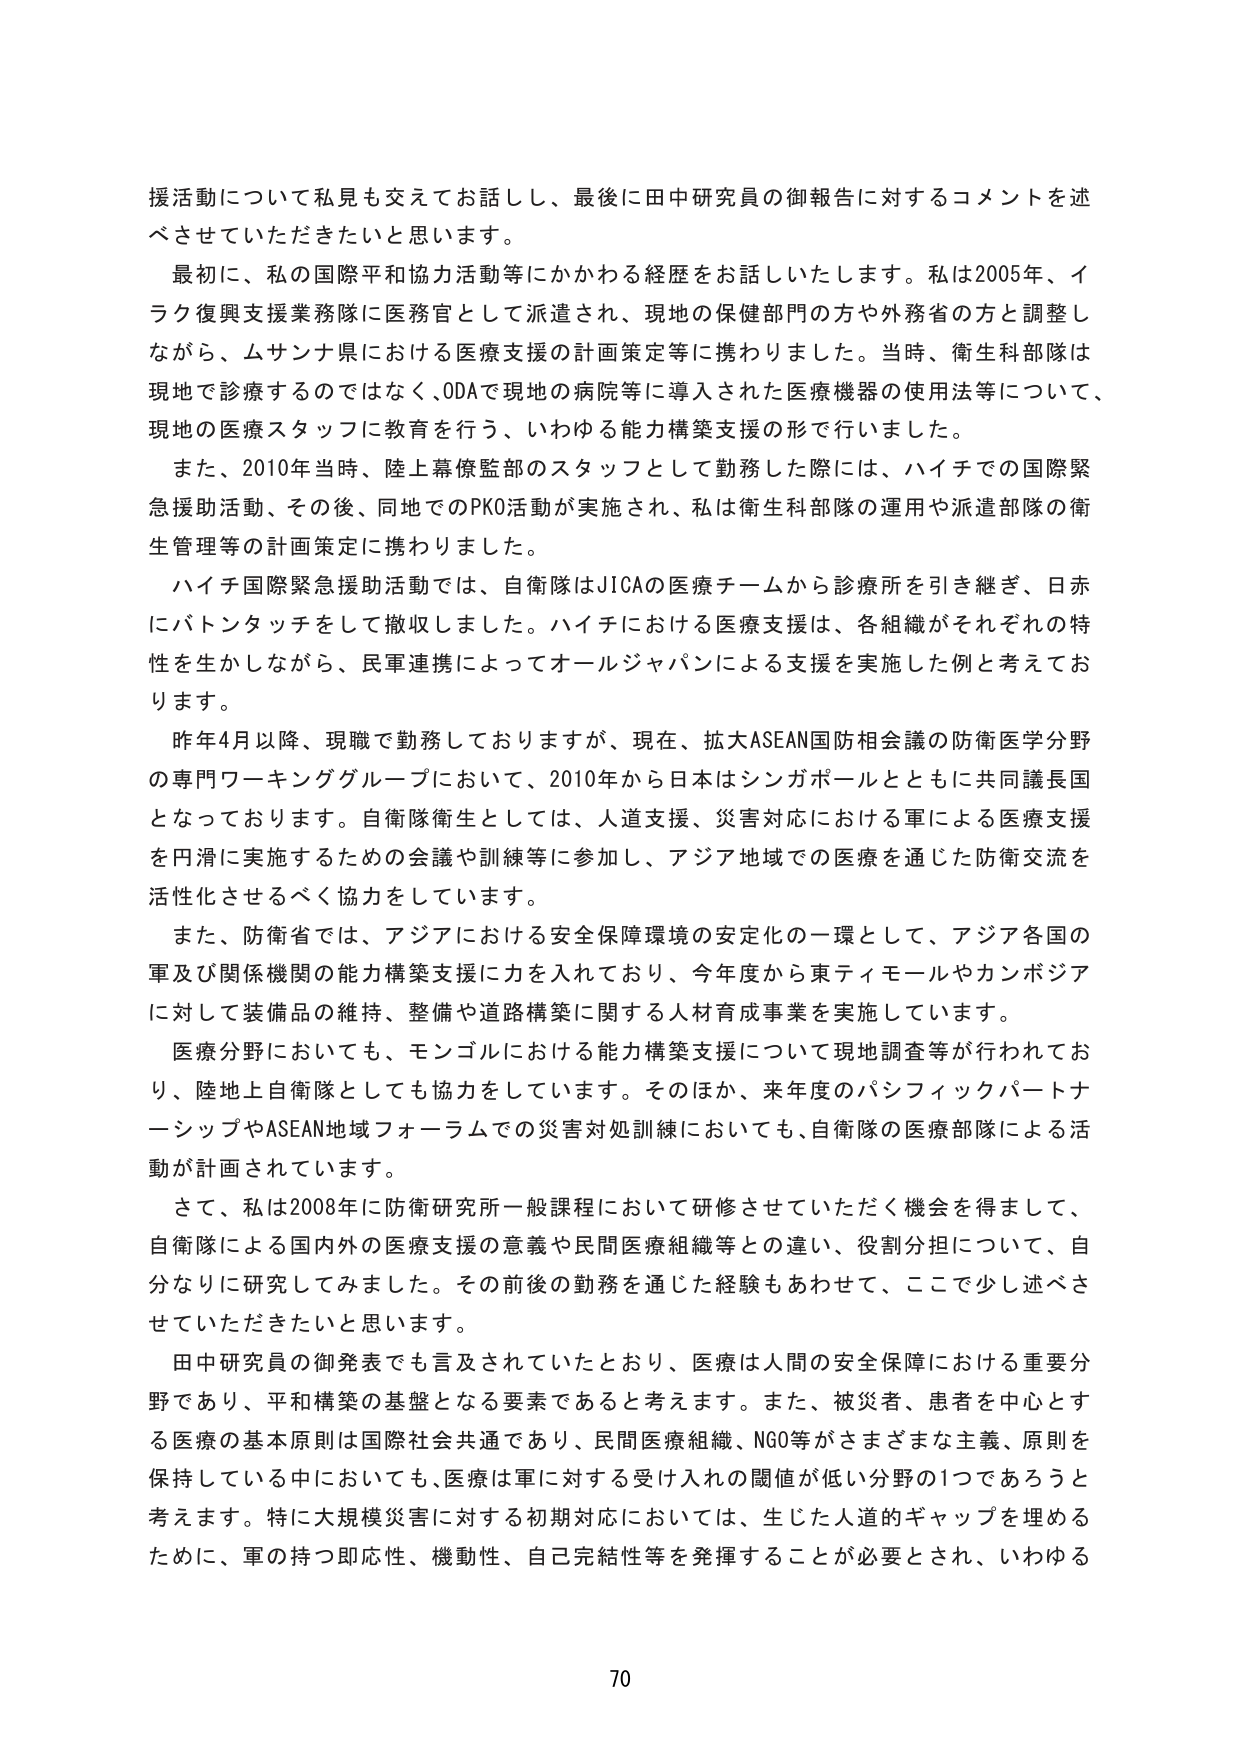
援活動について私見も交えてお話しし、最後に田中研究員の御報告に対するコメントを述べさせていただきたいと思います。

最初に、私の国際平和協力活動等にかかわる経歴をお話しいたします。私は2005年、イラク復興支援業務隊に医務官として派遣され、現地の保健部門の方や外務省の方と調整しながら、ムサンナ県における医療支援の計画策定等に携わりました。当時、衛生科部隊は現地で診療するのではなく、ODAで現地の病院等に導入された医療機器の使用法等について、現地の医療スタッフに教育を行う、いわゆる能力構築支援の形で行いました。

また、2010年当時、陸上幕僚監部のスタッフとして勤務した際には、ハイチでの国際緊急援助活動、その後、同地でのPKO活動が実施され、私は衛生科部隊の運用や派遣部隊の衛生管理等の計画策定に携わりました。

ハイチ国際緊急援助活動では、自衛隊はJICAの医療チームから診療所を引き継ぎ、日赤にバトンタッチをして撤収しました。ハイチにおける医療支援は、各組織がそれぞれの特性を生かしながら、民軍連携によってオールジャパンによる支援を実施した例と考えております。

昨年4月以降、現職で勤務しておりますが、現在、拡大ASEAN国防相会議の防衛医学分野の専門ワーキンググループにおいて、2010年から日本はシンガポールとともに共同議長国となっております。自衛隊衛生としては、人道支援、災害対応における軍による医療支援を円滑に実施するための会議や訓練等に参加し、アジア地域での医療を通じた防衛交流を活性化させるべく協力をしています。

また、防衛省では、アジアにおける安全保障環境の安定化の一環として、アジア各国の軍及び関係機関の能力構築支援に力を入れており、今年度から東ティモールやカンボジアに対して装備品の維持、整備や道路構築に関する人材育成事業を実施しています。

医療分野においても、モンゴルにおける能力構築支援について現地調査等が行われており、陸地上自衛隊としても協力をしています。そのほか、来年度のパシフィックパートナーシップやASEAN地域フォーラムでの災害対処訓練においても、自衛隊の医療部隊による活動が計画されています。

さて、私は2008年に防衛研究所一般課程において研修させていただく機会を得まして、自衛隊による国内外の医療支援の意義や民間医療組織等との違い、役割分担について、自分なりに研究してみました。その前後の勤務を通じた経験もあわせて、ここで少し述べさせていただきたいと思います。

田中研究員の御発表でも言及されていたとおり、医療は人間の安全保障における重要分野であり、平和構築の基盤となる要素であると考えます。また、被災者、患者を中心とする医療の基本原則は国際社会共通であり、民間医療組織、NGO等がさまざまな主義、原則を保持している中においても、医療は軍に対する受け入れの閾値が低い分野の1つであろうと考えます。特に大規模災害に対する初期対応においては、生じた人道的ギャップを埋めるために、軍の持つ即応性、機動性、自己完結性等を発揮することが必要とされ、いわゆる

70